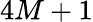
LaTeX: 4M+1